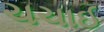
ચચાઈ